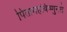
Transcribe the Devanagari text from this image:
पितामहविष्णुनते